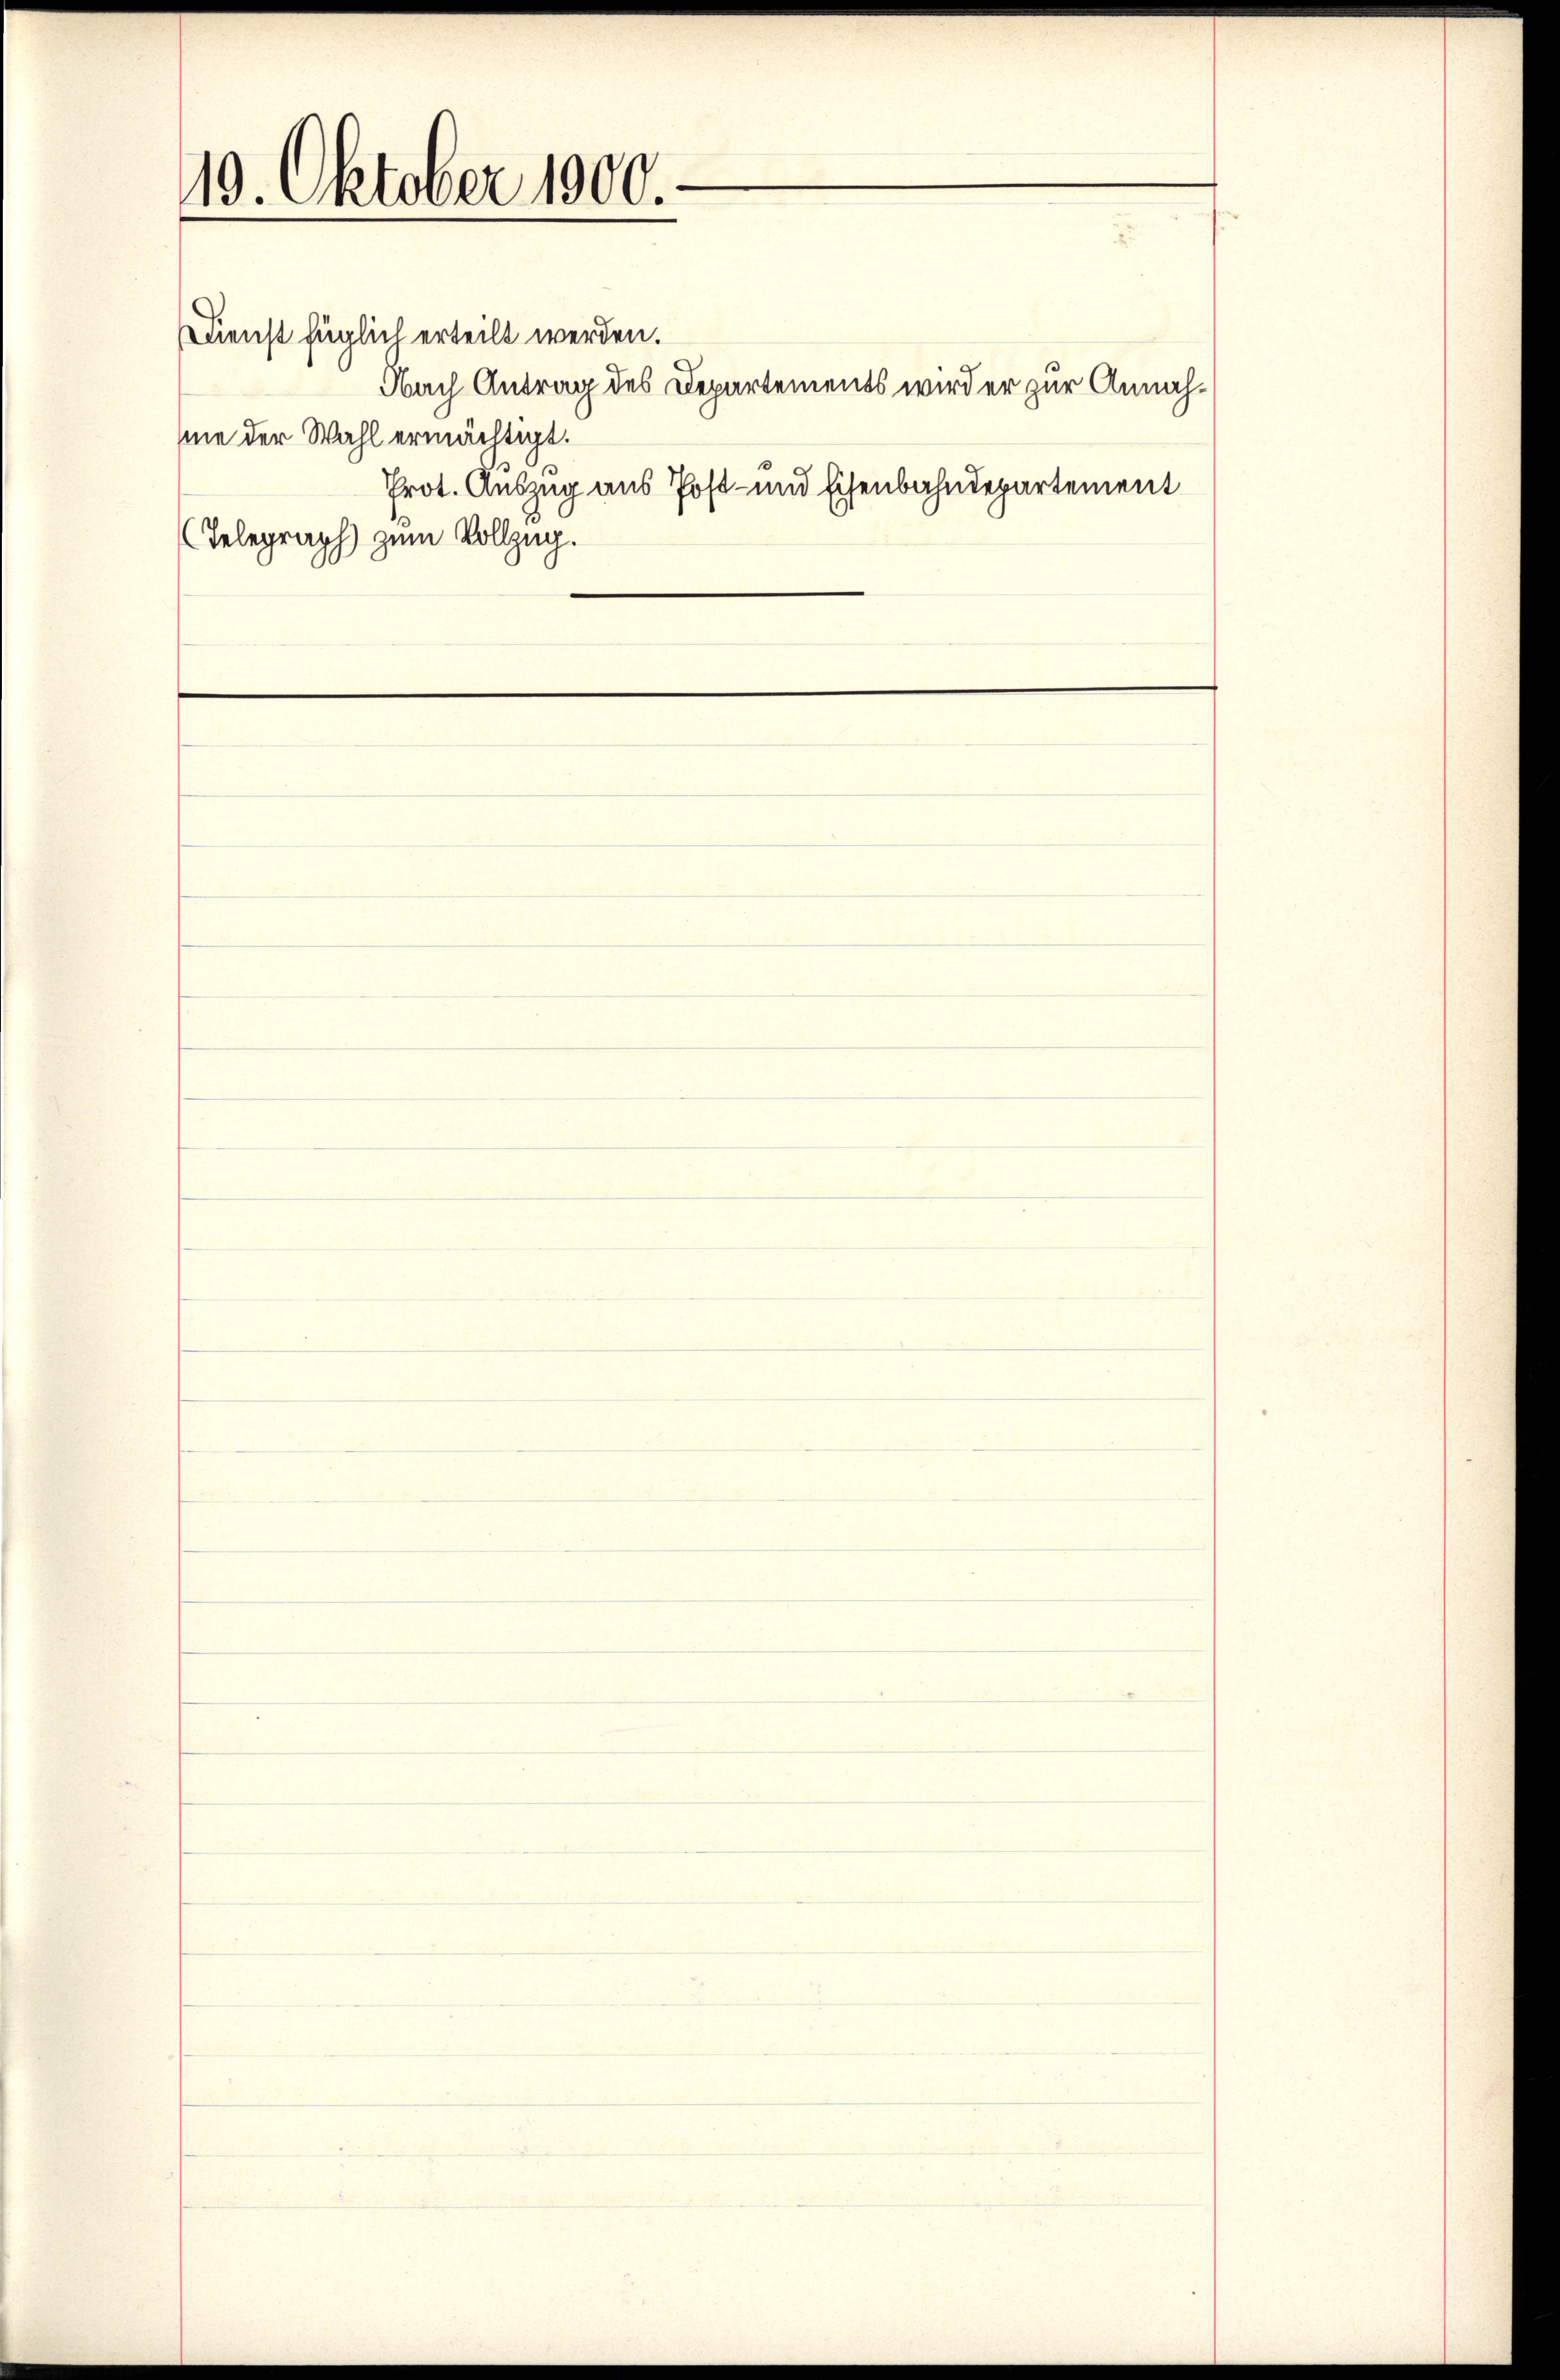
10. Oktober 1900.

Dienst füglich erteilt werden.
mie der Wahl ermächtigt.
Telegraph zum Vollzug.

Nach Antrag des Departements wird er zur Annah¬

Prot. Auszug aus Post- und Eisenbahndepartement